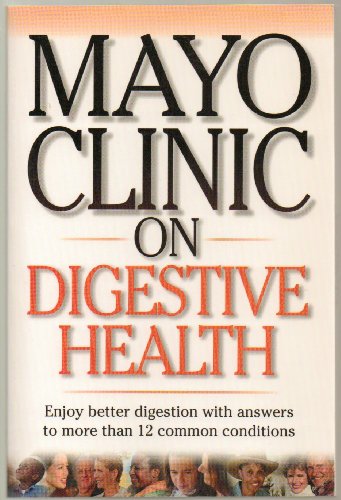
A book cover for Mayo Clinic on Digestive Health - Enjoy Better Digestion with Answers to More Than 12 Common Conditions- Gerd, Ulcers, IBS, Crohn's Disease, Celiac, Diverticular, Gallstones, Pancreatitis, Liver Disease - Paperback - First Edition, 1st Printing 2000; Health, Fitness & Dieting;